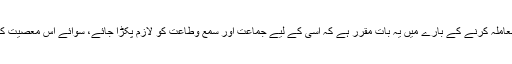
اور یہ بات بھی اچھی طرح سے جان لیں کہ اہل سنت والجماعت کے یہاں ولی امر کے ساتھ معاملہ کرنے کے بارے میں یہ بات مقرر ہے کہ اسی کے لیے جماعت اور سمع وطاعت کو لازم پکڑا جائے، سوائے اس معصیت کے جس کا وہ حکم دے، اگرچہ وہ دولت خلافت قائم کرنے میں کوتاہی کا شکار ہو یا عاجز ہو۔